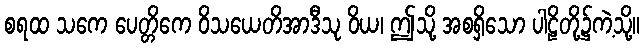
စရထ သကေ ပေတ္တိကေ ဝိသယေတိအာဒီသု ဝိယ၊ ဤသို့ အစရှိသော ပါဠိတို့၌ကဲ့သို့။